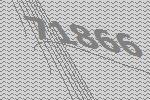
71866